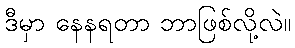
ဒီမှာ နေနရတာ ဘာဖြစ်လို့လဲ။